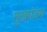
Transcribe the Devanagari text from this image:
मुखपंडप